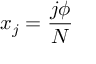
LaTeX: x _ { j } = { \frac { j \phi } { N } }